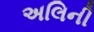
અલિની